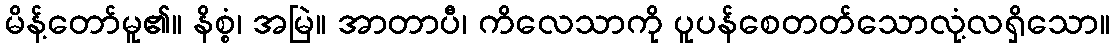
မိန့်တော်မူ၏။ နိစ္စံ၊ အမြဲ။ အာတာပီ၊ ကိလေသာကို ပူပန်စေတတ်သောလုံ့လရှိသော။